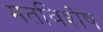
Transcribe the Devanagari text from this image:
मतविशेष